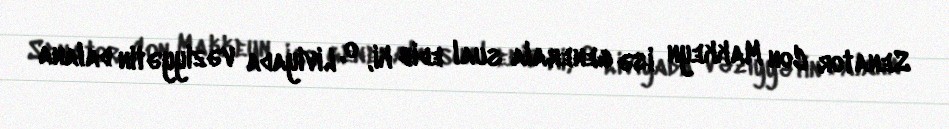
Senator Con Makkeyn isə generala sual edib ki, o, Liviyada vəziyyətin dalana